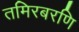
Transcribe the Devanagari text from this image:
तमिरबरणि